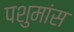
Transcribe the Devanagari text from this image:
पशुमांस